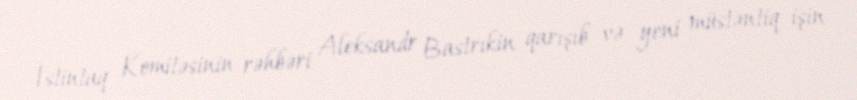
İstintaq Komitəsinin rəhbəri Aleksandr Bastrıkin qarışıb və yeni müstəntiq işin